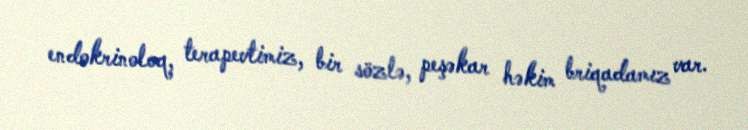
endokrinoloq, terapevtimiz, bir sözlə, peşəkar həkim briqadamız var.